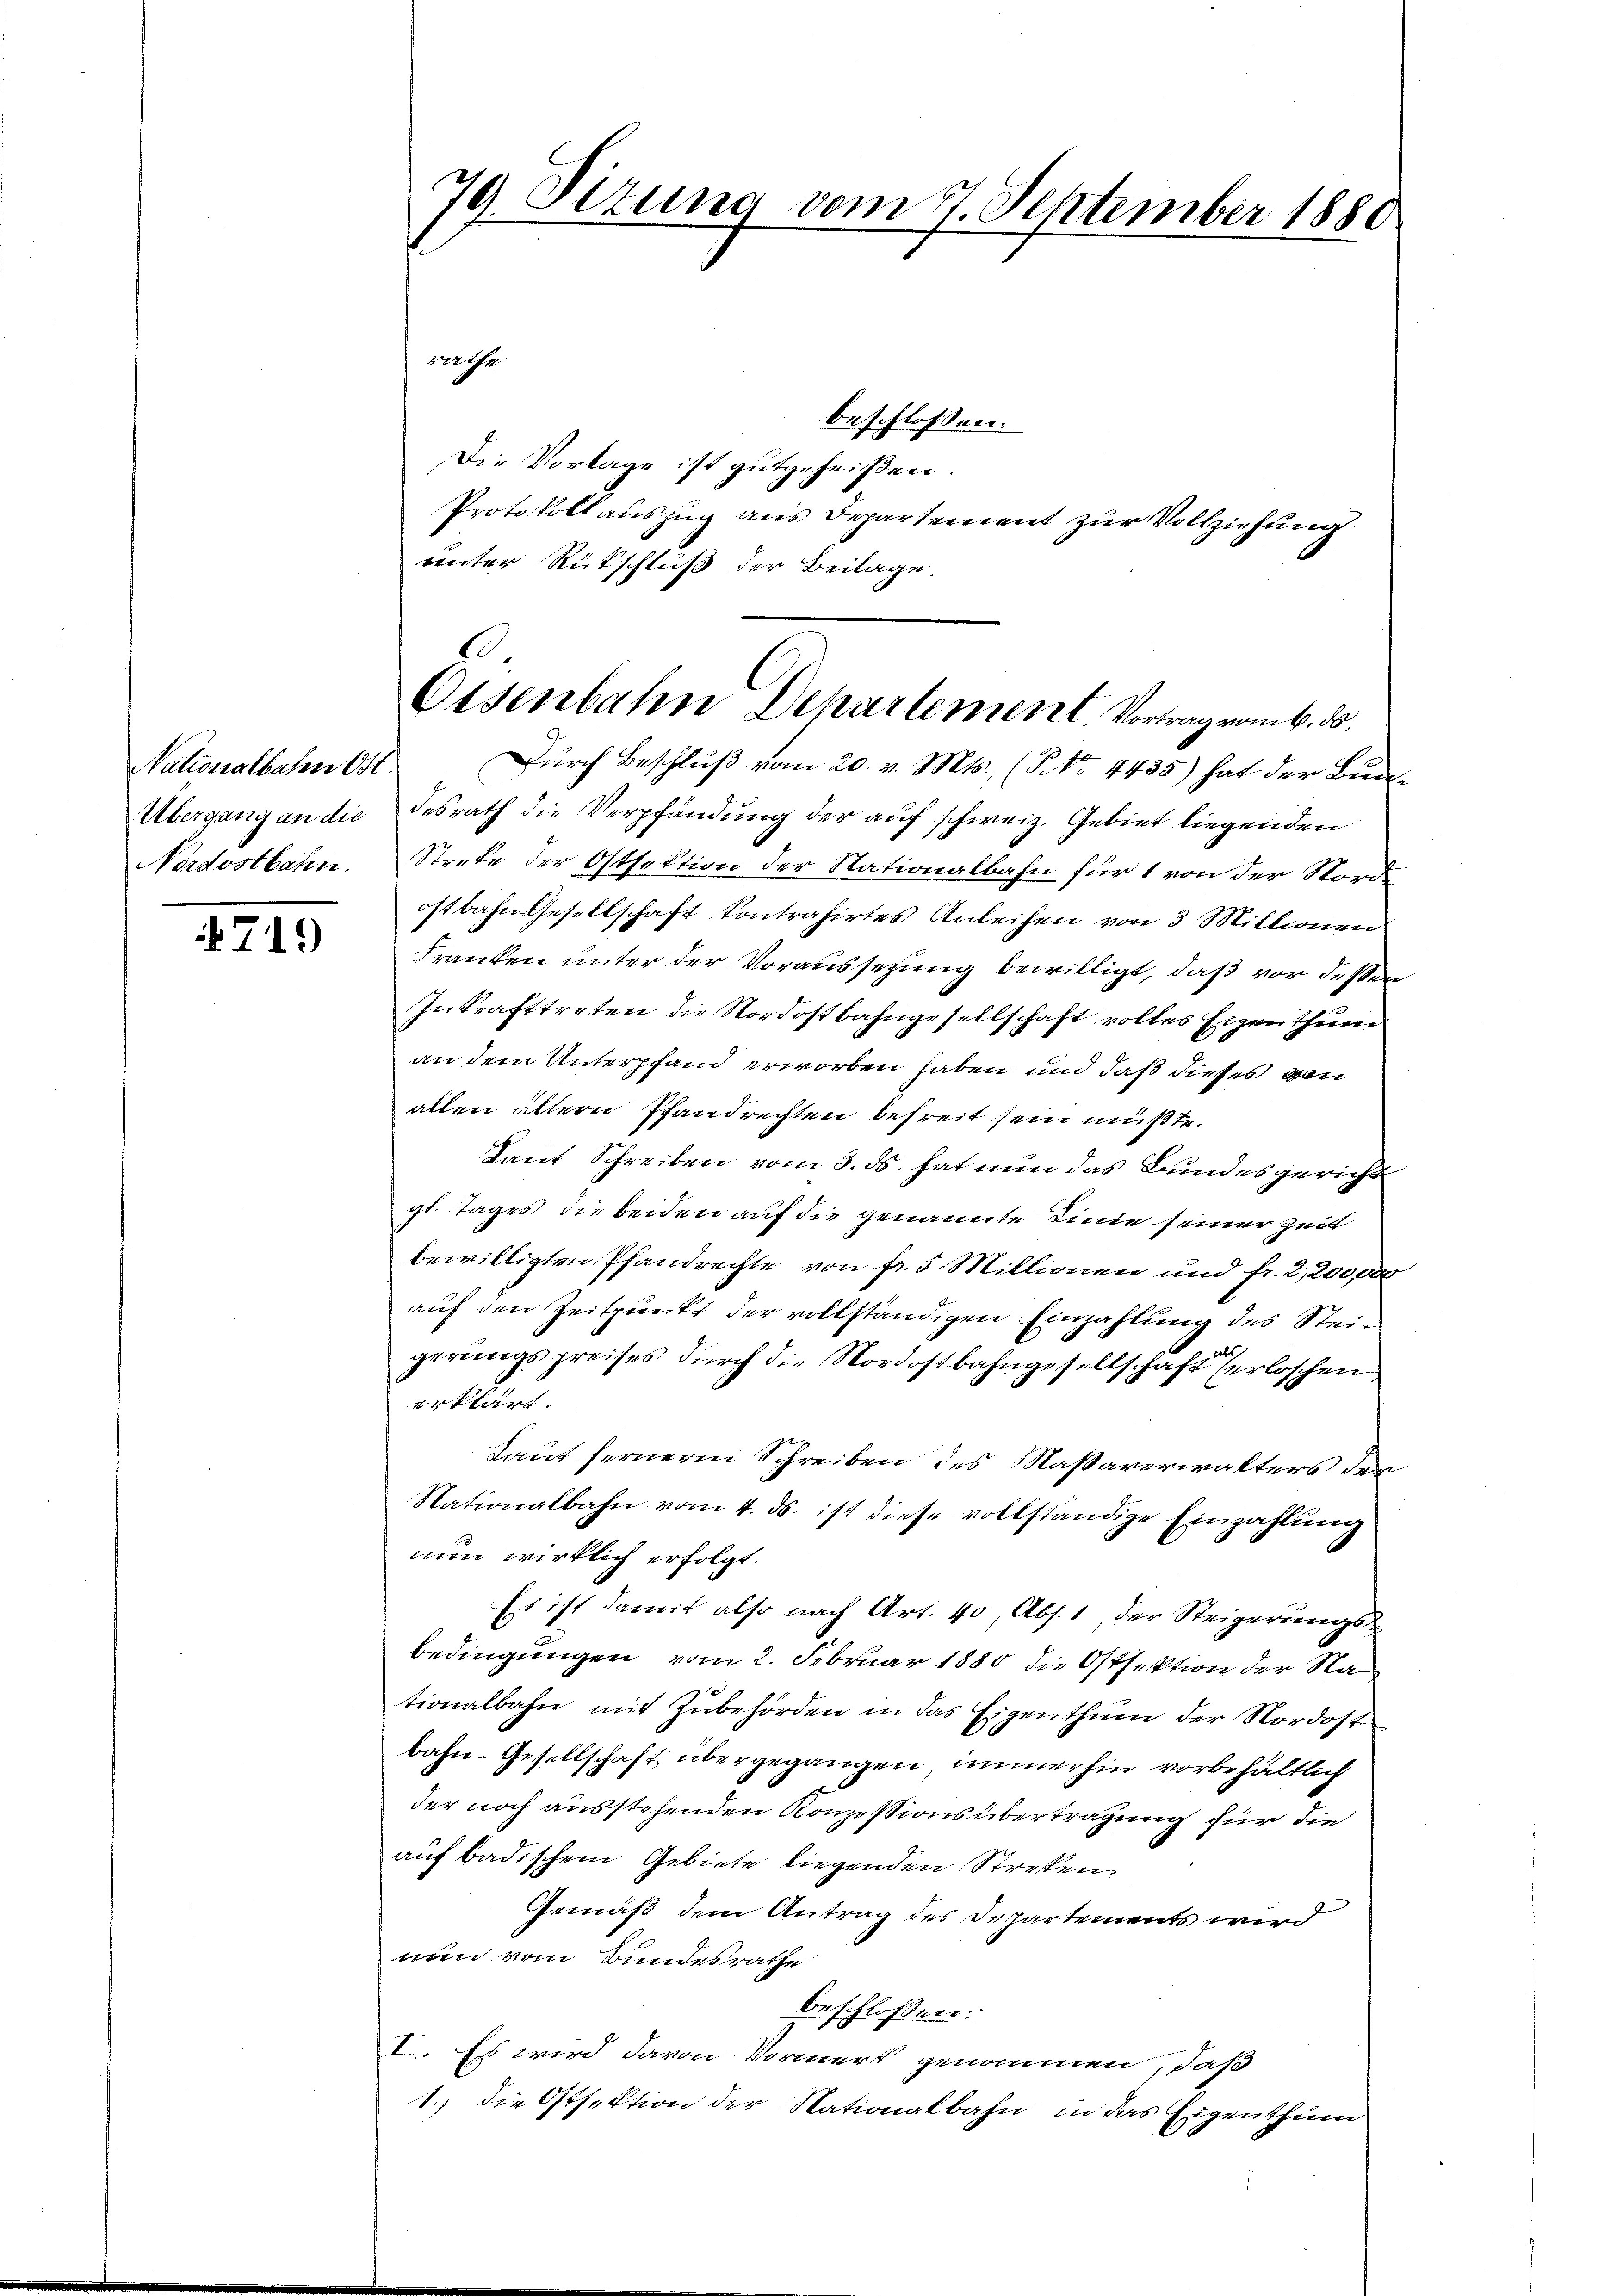
Nationalbahn Ost
Nordostbahn.

719

79 Tizuna vom 17. September 1880

garte
beschlossen:
Die Vorlage ist gutgeheißen.
Protokollauszug aus Departement zur Vollziehung
unter Rückschluß der Beilage.
Dŭrch Beschlŭβ vom 20. v. Mts. (T No. 4435) hat der Bude
Übergang an die desrath die Verpfändung der auf schweiz. Gebiet liegenden
Streke der Ostfektion der Nationalbahn für 1 von der Norde
ostbahn Gesellschaft kontrahirtes Anleihen von 3 Mittionen
Franken unter der Voraussezung bewilligt, daß vor dessen
Inkrafttreten die Nordostbahngesellschaft volles Eigenthum
an dem Unterpfand erworben haben und daß dieses von
allen ältern Pfandrechten befreit sein müßte.
Laut Schreiben vom 3. ds. hat nun das Bundesgericht
gt. Tages die beiden auf die genannte Sinne seiner Zeit
bewilligten Pfandrechte von fr. 5 Millionen und fr. 2,200,000
auf den Zeitpunkt der vollständigen Einzahlung des Steialt
gerungspreises durch die Nordostbahngesellschaft erloschen,
erklärt.
Taut fernere Schreiben des Maßaverwalters der
Nationalbahn vom 4. ds. ist diese vollständige Einzahlŭng
nun wirklich erfolgt.
Es ist damit also nach Art. 40, Abs. 1 der Steigerungsbedingungen vom 2. Februar 1880 die Ostsektion der Nationalbahn mit Zubehörden in das Eigenthum der Nordostbahn-Gesellschaft übergegangen, immerhin vorbehältlich
der noch ausstehenden Konzessions übertragung für die
auf badischem Gebiete liegenden Streken
Gemäß dem Antrag des Departements wird
nan vom Bundesrathe
beschloßen:
I. Es wird davon Vormerk genommen, daß
1. Die Ostsektion der Nationalbahn in das Eigenthum

.
Osenbahn Departement Vortrag vom 6. ds.